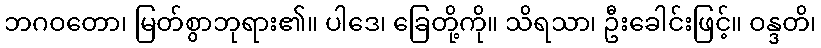
ဘဂဝတော၊ မြတ်စွာဘုရား၏။ ပါဒေ၊ ခြေတို့ကို။ သိရသာ၊ ဦးခေါင်းဖြင့်။ ဝန္ဒတိ၊